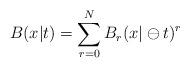
LaTeX: \begin{align*}B(x|t)=\sum_{r=0}^N B_r(x|\ominus t)^r\end{align*}